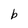
Character: b